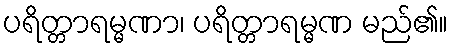
ပရိတ္တာရမ္မဏာ၊ ပရိတ္တာရမ္မဏ မည်၏။